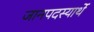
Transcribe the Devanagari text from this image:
जानपदस्यार्थे